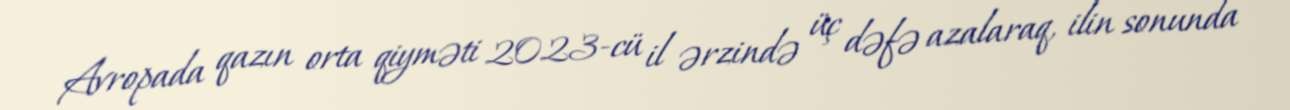
Avropada qazın orta qiyməti 2023-cü il ərzində üç dəfə azalaraq, ilin sonunda